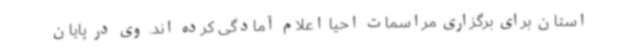
استان برای برگزاری مراسمات احیا اعلام آمادگی کرده اند. وی در پایان